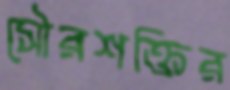
সৌরশক্তির